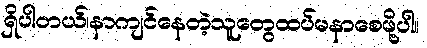
ရှိပါတယ်၊နာကျင်နေတဲ့သူတွေထပ်မနာစေဖို့ပါ။